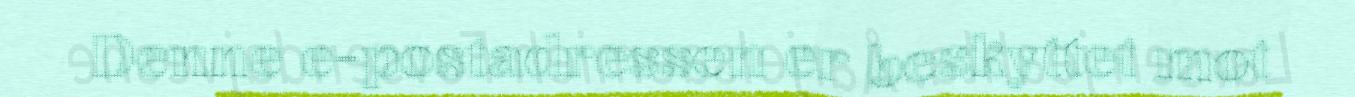
Denne e-postadressen er beskyttet mot